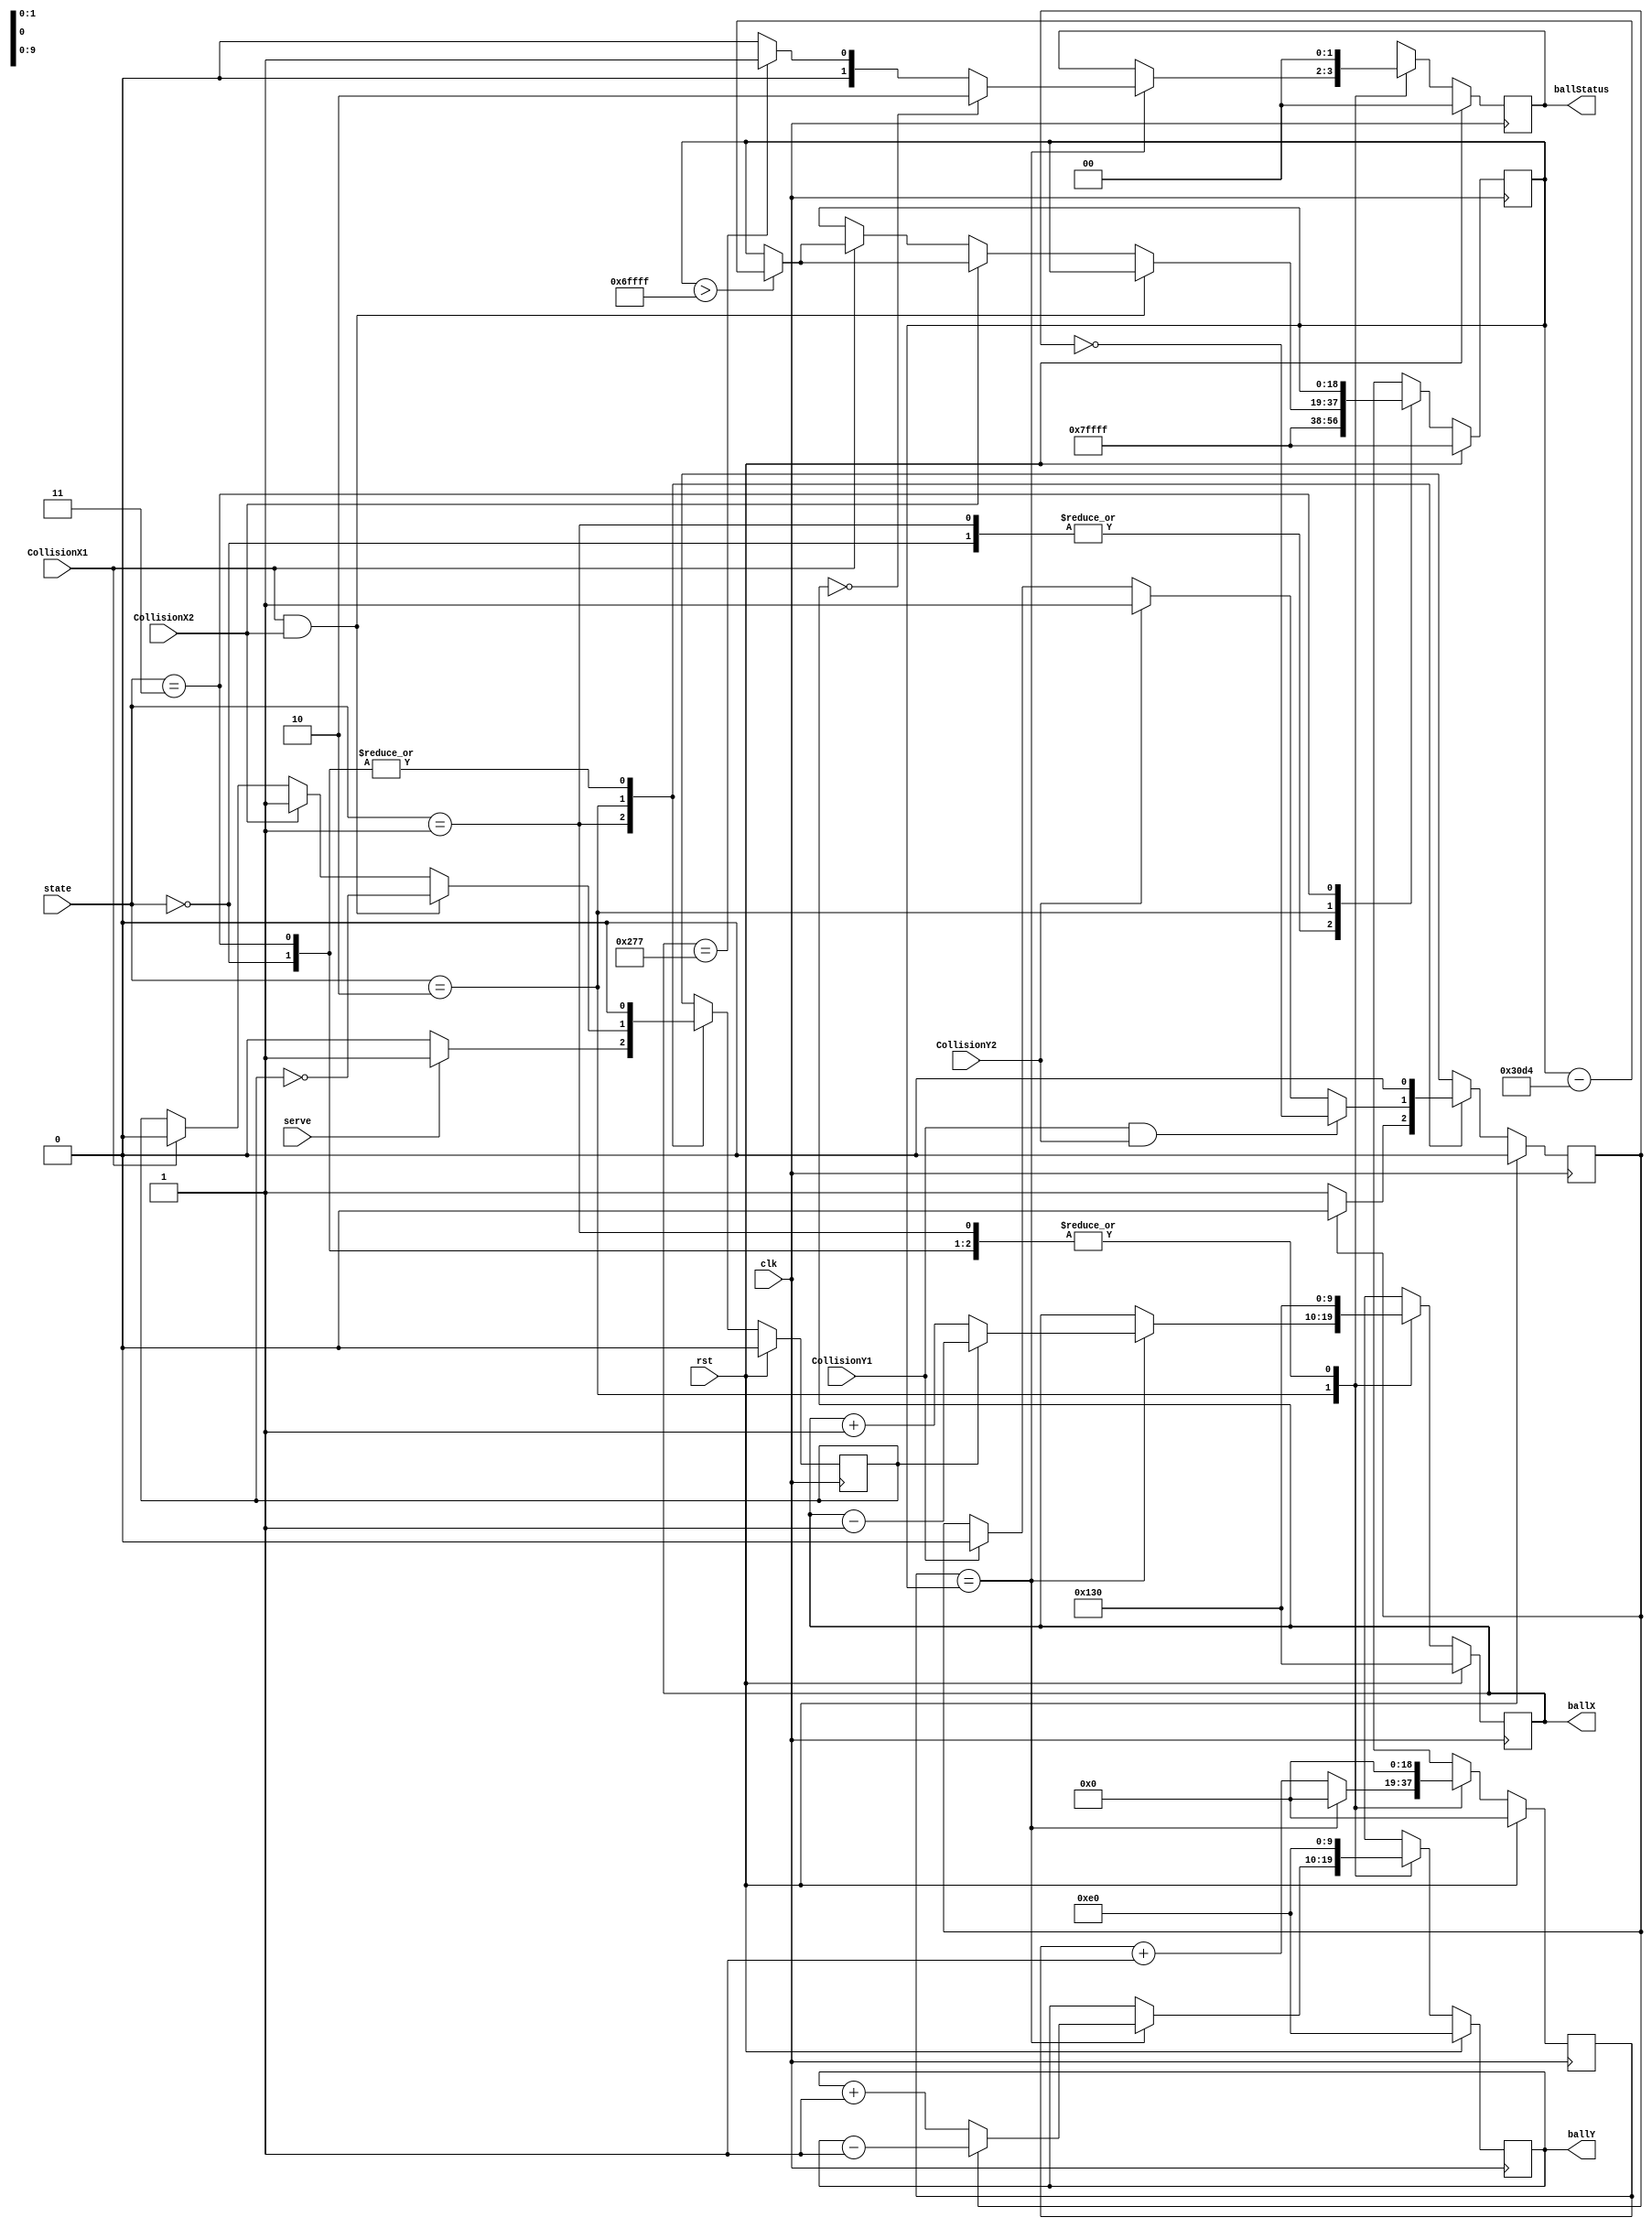
// state
`define START 2'b00
`define SERVE 2'b01
`define PLAY 2'b10
`define DONE 2'b11

// ball start position
`define ORIGINX 10'd304
`define ORIGINY 10'd224

// ball status
`define PLAYING 2'b00
`define PLAYER1WIN 2'b01
`define PLAYER2WIN 2'b10

module Ball(clk, rst, state, serve, CollisionX1, CollisionX2, CollisionY1, CollisionY2, ballX, ballY, ballStatus);

input clk, rst;
input [1:0] state;
input serve;
input CollisionX1, CollisionX2, CollisionY1, CollisionY2;
output reg [9:0] ballX;
output reg [9:0] ballY;
output reg [1:0] ballStatus;

reg [9:0] nextBallX;
reg [9:0] nextBallY;
reg ball_dirX, ball_dirY;
reg nextBall_dirX, nextBall_dirY;
reg [1:0] nextBallStatus;

reg [18:0] counter, next_counter;
reg [18:0] speed, next_speed;

always @(posedge clk) begin
    if(rst==1'b1) begin
        ballX <= `ORIGINX;
        ballY <= `ORIGINY;
        ball_dirX <= 1'b0;
        ball_dirY <= 1'b0;
        ballStatus <= `PLAYING;
        counter <= 19'd0;
        speed <= 19'b111_1111_1111_1111_1111;
    end
    else begin
        ballX <= nextBallX;
        ballY <= nextBallY;
        ball_dirX <= nextBall_dirX;
        ball_dirY <= nextBall_dirY;
        ballStatus <= nextBallStatus;
        counter <= next_counter;
        speed <= next_speed;
    end
end

always @(*) begin
    case(state) 
        `START: begin
            nextBallX = `ORIGINX;
            nextBallY = `ORIGINY;
            nextBall_dirX = 1'b0;
            nextBall_dirY = 1'b0;
            nextBallStatus = `PLAYING;
            next_counter = 19'd0;
            next_speed = 19'b111_1111_1111_1111_1111;
        end
        `SERVE: begin
            nextBallX = `ORIGINX;
            nextBallY = `ORIGINY;
            nextBallStatus = `PLAYING;
            next_counter = 19'd0;
            next_speed = 19'b111_1111_1111_1111_1111;
            if(serve==1'b0) begin
                nextBall_dirX = 1'b0;
                nextBall_dirY = (ball_dirY == 1'b1) ? 1'b0 : 1'b1;
            end
            else begin
                nextBall_dirX = 1'b1;
                nextBall_dirY = (ball_dirY == 1'b1) ? 1'b0 : 1'b1;
            end
        end
        `PLAY: begin
            nextBallX = ballX;
            nextBallY = ballY;
            nextBall_dirX = ball_dirX;
            nextBall_dirY = ball_dirY;
            nextBallStatus = ballStatus;
            next_counter = counter + 1'b1;
            next_speed = speed;

            if(CollisionX1 & CollisionX2) begin
                nextBall_dirX = ~ball_dirX;
            end
            else if(CollisionX2==1'b1) begin
                nextBall_dirX = 1'b1;
                if(speed>19'b110_1111_1111_1111_1111) begin
                    next_speed = speed - 19'd12500;
                end
                else begin
                    next_speed = speed;
                end
                
            end
            else if(CollisionX1==1'b1) begin
                nextBall_dirX = 1'b0;
                if(speed>19'b110_1111_1111_1111_1111) begin
                    next_speed = speed - 19'd12500;
                end
                else begin
                    next_speed = speed;
                end
            end
            else begin
                nextBall_dirX = ball_dirX;
            end

            if(CollisionY1 & CollisionY2) begin
                nextBall_dirY = ~ball_dirY;
            end
            else if(CollisionY2==1'b1) begin
                nextBall_dirY = 1'b1;
            end
            else if(CollisionY1==1'b1) begin
                nextBall_dirY = 1'b0;
            end
            else begin
                nextBall_dirY = ball_dirY;
            end

            if(counter==speed) begin
                next_counter = 19'd0;
                if(ball_dirX==1'b0) begin
                    nextBallX = ballX + 1'b1;
                end
                else begin
                    nextBallX = ballX - 1'b1;
                end

                if(ball_dirY==1'b0) begin
                    nextBallY = ballY + 1'b1;
                end
                else begin
                    nextBallY = ballY - 1'b1;
                end

                if(ballX==10'd0) begin
                    nextBallStatus = `PLAYER2WIN;
                end
                else if(ballX==10'd631) begin
                    nextBallStatus = `PLAYER1WIN;
                end
                else begin
                    nextBallStatus = `PLAYING;
                end
            end
            else begin
                nextBallX = ballX;
                nextBallY = ballY;
                nextBallStatus = ballStatus;
            end
        end
        `DONE: begin
            nextBallX = `ORIGINX;
            nextBallY = `ORIGINY;
            nextBall_dirX = 1'b0;
            nextBall_dirY = 1'b0;
            nextBallStatus = `PLAYING;
            next_counter = 19'd0;
            next_speed = speed;
        end
    endcase
end

endmodule